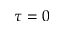
\tau = 0